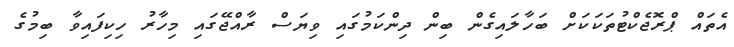
އެތައް ޕްރޮޖެކްޓުތަކަކަށް ބަހާލައިގެން ބިން ދިންކަމުގައި ވިޔަސް ރާއްޖޭގައި މިހާރު ހިކިފައިވާ ބިމުގެ